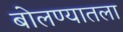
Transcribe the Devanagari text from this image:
बोलण्यातला